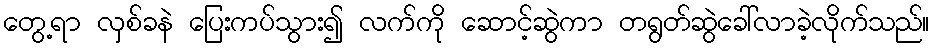
တွေ့ရာ လှစ်ခနဲ ပြေးကပ်သွား၍ လက်ကို ဆောင့်ဆွဲကာ တရွတ်ဆွဲခေါ်လာခဲ့လိုက်သည်။